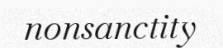
nonsanctity